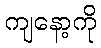
ကျနော့ကို